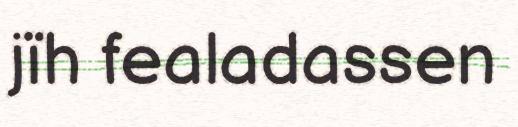
jïh fealadassen